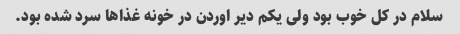
سلام در کل خوب بود ولی یکم دیر اوردن در خونه غذا‌ها سرد شده بود.